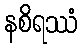
နစိရဿံ